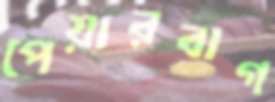
পেয়ারবাগ